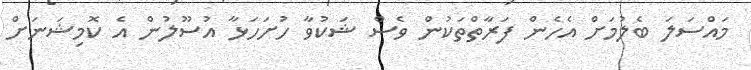
މައްސަލަ ބެލުމަށް އެހެން ފަރާތްތަކުން ވެސް ޝަކުވާ ހުށަހަޅާ އުސޫލުން އެ ކޮމިޝަނަށް